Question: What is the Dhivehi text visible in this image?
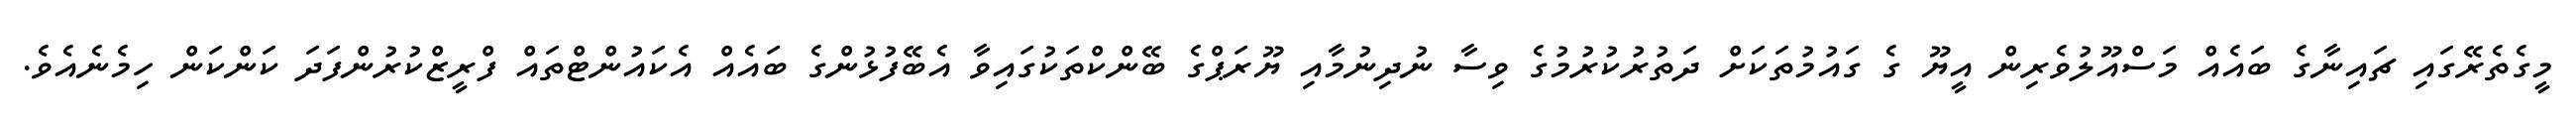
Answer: މީގެތެރޭގައި ޗައިނާގެ ބައެއް މަސްއޫލުވެރިން އީޔޫ ގެ ގައުމުތަކަށް ދަތުރުކުރުމުގެ ވިސާ ނުދިނުމާއި ޔޫރަޕްގެ ބޭންކްތަކުގައިވާ އެބޭފުޅުންގެ ބައެއް އެކައުންޓްތައް ފްރީޒްކުރުންފަދަ ކަންކަން ހިމެނެއެވެ.